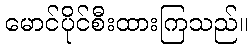
မောင်ပိုင်စီးထားကြသည်။